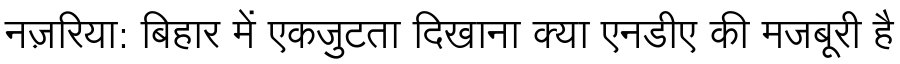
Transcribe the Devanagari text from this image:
नज़रिया: बिहार में एकजुटता दिखाना क्या एनडीए की मजबूरी है